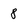
Character: 8